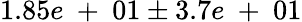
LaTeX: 1.85e\mathrm{~+~}01\pm 3.7e\mathrm{~+~}01